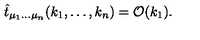
\hat { t } _ { \mu _ { 1 } \ldots \mu _ { n } } ( k _ { 1 } , \ldots , k _ { n } ) = { \cal O } ( k _ { 1 } ) .